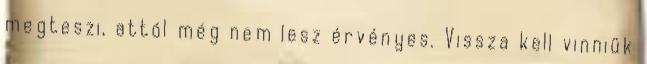
megteszi, attól még nem lesz érvényes. Vissza kell vinniük